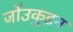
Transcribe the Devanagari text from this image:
जो॑उकुइन